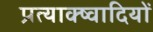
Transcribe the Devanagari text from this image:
प्रत्याक्ष्वादियों